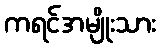
ကရင်အမျိုးသား